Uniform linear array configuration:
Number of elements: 64
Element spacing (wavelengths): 0.25
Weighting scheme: hamming
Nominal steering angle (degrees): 60
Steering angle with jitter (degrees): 59.612
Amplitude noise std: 0.05
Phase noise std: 0.05

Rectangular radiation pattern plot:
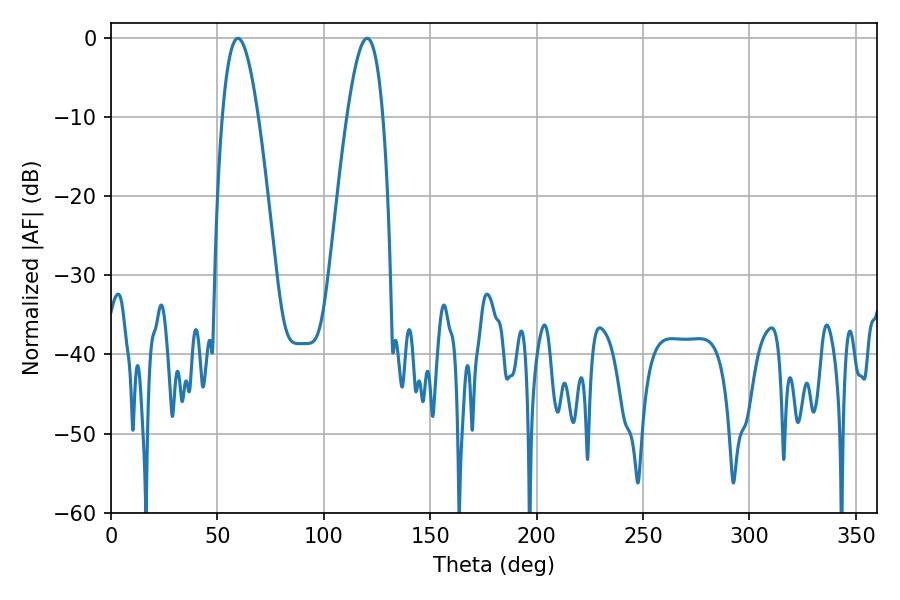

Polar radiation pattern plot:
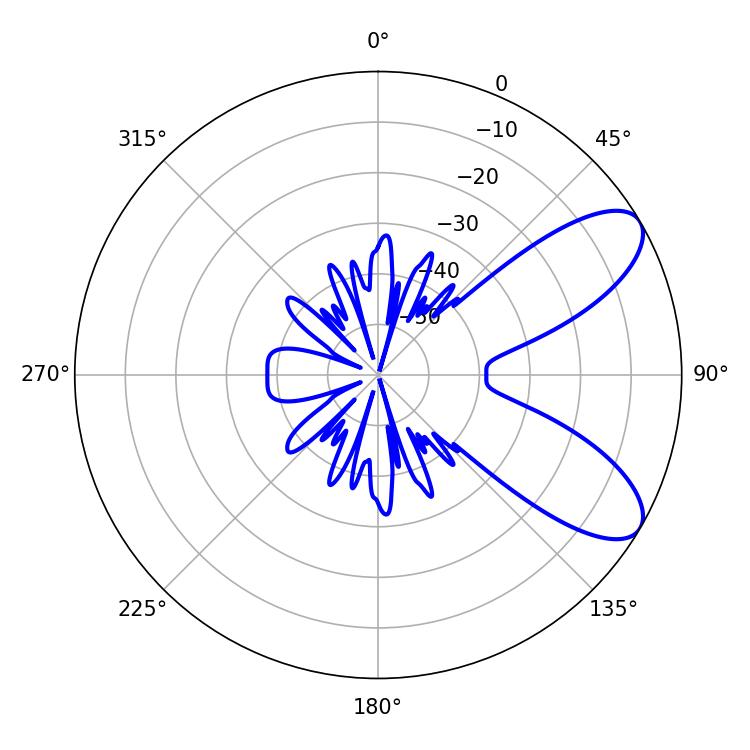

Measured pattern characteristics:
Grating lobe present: FALSE
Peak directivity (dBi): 8.215
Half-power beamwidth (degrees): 9.18
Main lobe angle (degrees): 59.58